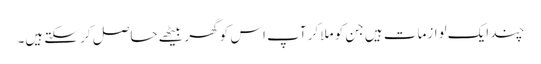
چند ایک لوازمات ہیں جن کو ملا کر آپ اس کو گھر بیٹھے حاصل کر سکتے ہیں۔